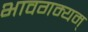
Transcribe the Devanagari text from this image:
भावगम्यम्